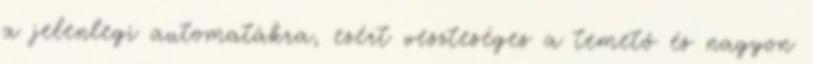
a jelenlegi automatákra, ezért veszteséges a temető és nagyon